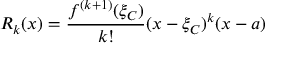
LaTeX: R _ { k } ( x ) = { \frac { f ^ { ( k + 1 ) } ( \xi _ { C } ) } { k ! } } ( x - \xi _ { C } ) ^ { k } ( x - a )